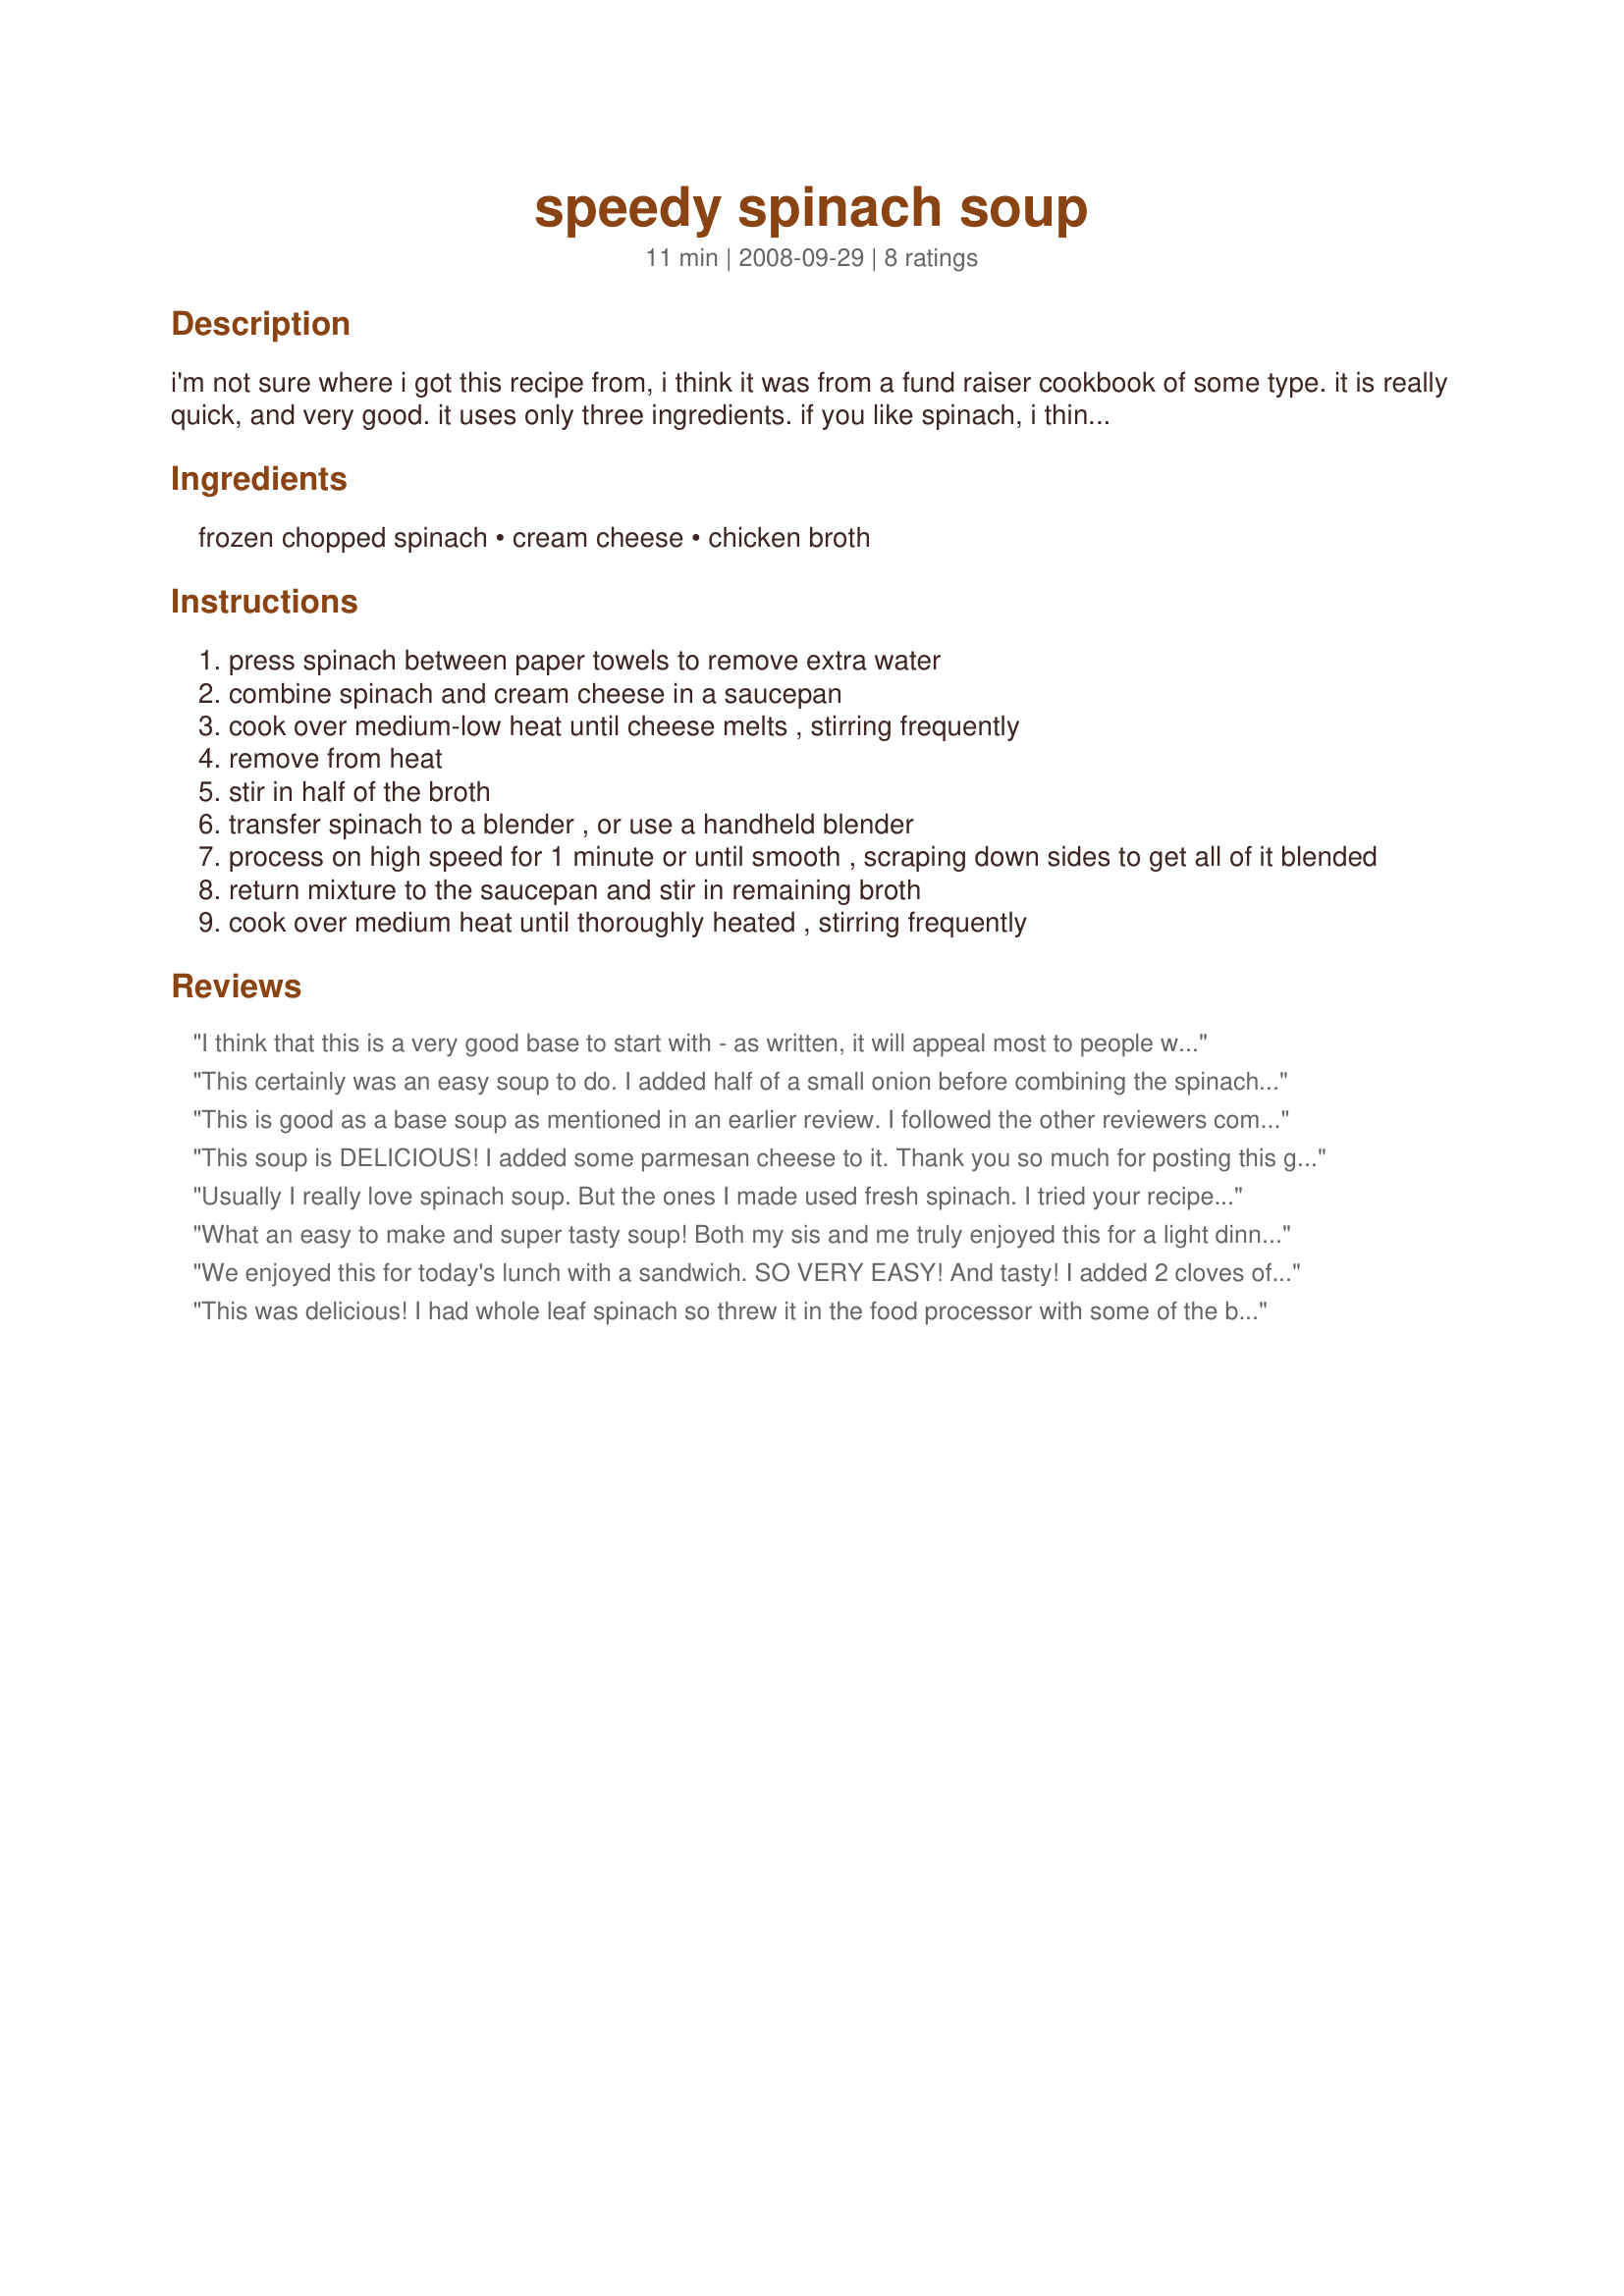
speedy spinach soup
Preparation time: 11 minutes

i'm not sure where i got this recipe from, i think it was from a fund raiser cookbook of some type. it is really quick, and very good. it uses only three ingredients. if you like spinach, i think you'll like this simple and easy spinach soup.

Ingredients:
frozen chopped spinach, cream cheese, chicken broth

Steps:
press spinach between paper towels to remove extra water
combine spinach and cream cheese in a saucepan
cook over medium-low heat until cheese melts , stirring frequently
remove from heat
stir in half of the broth
transfer spinach to a blender , or use a handheld blender
process on high speed for 1 minute or until smooth , scraping down sides to get all of it blended
return mixture to the saucepan and stir in remaining broth
cook over medium heat until thoroughly heated , stirring frequently

Reviews:
I think that this is a very good base to start with - as written, it will appeal most to people who like mild soups, or to children. I would add some garlic and onions next time. I added a bit of lemon juice to the serving to perk up the flavor. As I had frozen cut leaf spinach, I just tossed it frozen in the saucepan with all of the broth. When the broth was hot but not yet simmering, I added the cheese. I stirred until it was melted, removed from heat and zapped with the immersion blender. It did not need any additional heating at that point. I think a spoonful of plain yogurt on top would be a nice addition. I might try adding just a grating or two of nutmeg next time, again, just to make it a bit more interesting. This is worth making and playing around with, and depending on your preferences or needs, it might be just the ticket as is.
This certainly was an easy soup to do. I added half of a small onion before combining the spinach and cream cheese, which really helped with the flavor. Otherwise I think it may have been a little plain. Great starter recipe for sure!
This is good as a base soup as mentioned in an earlier review. I followed the other reviewers comments and added garlic and parmesan cheese to mine. It turned out nice.
This soup is DELICIOUS! I added some parmesan cheese to it. Thank you so much for posting this great recipe.
Usually I really love spinach soup. But the ones I made used fresh spinach. I tried your recipe. But I didn't like the taste. But I think my package of spinach was too old (maybe a year). That's why I don't want to use star ratings. Thanks Breezermom :) Made for Gimme 5 tag game
What an easy to make and super tasty soup! Both my sis and me truly enjoyed this for a light dinner on a cold winters day. Mmmm!<br/>The soup came together fast as lightning and the cream cheese and broth added enough flavour for our liking.<br/>I did not puree my soup as I felt it didnt need. That way it was less creamy, but still very nice!<br/>THANK YOU SO MUCH for sharing this great recipe with us, breezermom!<br/>Made and reviewed for the Soup and Bread Event in the Photo Forum and the Diabetic Warm me Up Event January 2011.
We enjoyed this for today's lunch with a sandwich. SO VERY EASY! And tasty! I added 2 cloves of minced garlic and some cumin in step two, and used an immersion blender in step three. Delicious despite the minimal effort. Sometimes less really is best! Thanks for sharing this recipe, breezermom!
This was delicious! I had whole leaf spinach so threw it in the food processor with some of the broth then put it all in the saucepan with the cheese and heated through. I did not add anything except a little fresh cracked black pepper. Thanks for the recipe!
